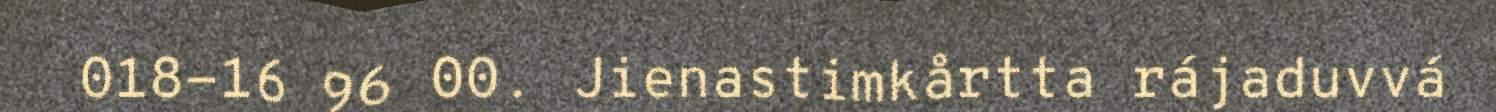
018-16 96 00. Jienastimkårtta rájaduvvá